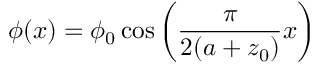
\phi ( x ) = \phi _ { 0 } \cos \left( \frac { \pi } { 2 ( a + z _ { 0 } ) } x \right)